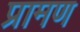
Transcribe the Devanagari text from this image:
प्रामण